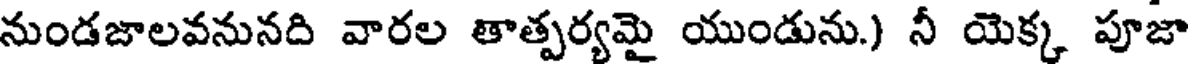
నుండజాలవనునది వారల తాత్పర్యమై యుండును.) నీ యెక్క పూజా